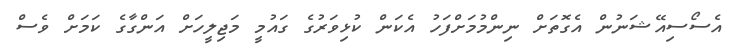
އެސޯސިއޭޝަނުން އެގޮތަށް ނިންމުމަށްފަހު އެކަން ކުޅިވަރުގެ ގައުމީ މަޖިލީހަށް އަންގާގެ ކަމަށް ވެސް